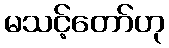
မသင့်တော်ဟု